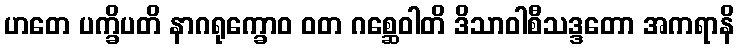
ဟတေ ပက္ခိပတိ နာဂရုက္ခောဝ ဝတ ဂစ္ဆေဝါတိ ဒိသာဝါစီသဒ္ဒတော အကရာနိ